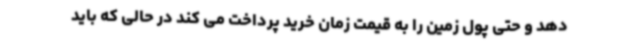
دهد و حتی پول زمین را به قیمت زمان خرید پرداخت می کند در حالی که باید